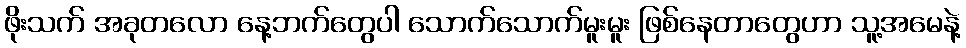
ဖိုးသက် အခုတလော နေ့ဘက်တွေပါ သောက်သောက်မူးမူး ဖြစ်နေတာတွေဟာ သူ့အမေနဲ့